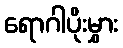
ရောဂါပိုးမွှား